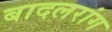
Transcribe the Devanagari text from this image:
बादलरांग